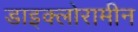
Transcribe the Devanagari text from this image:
डाइक्लोरामीन